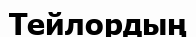
Тейлордың